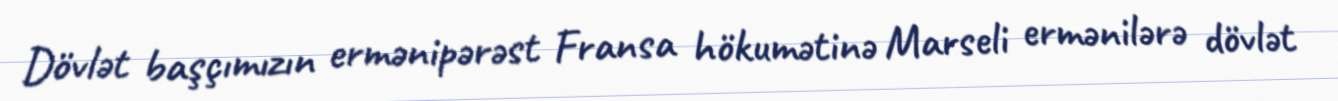
Dövlət başçımızın ermənipərəst Fransa hökumətinə Marseli ermənilərə dövlət